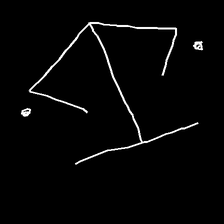
Glyph: earth